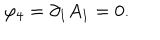
\varphi _ { 4 } = \partial _ { 1 } A _ { 1 } = 0 .